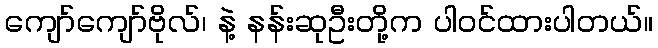
ကျော်ကျော်ဗိုလ်၊ နဲ့ နန်းဆုဦးတို့က ပါဝင်ထားပါတယ်။